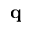
\mathbf { q }